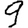
Digit: 9